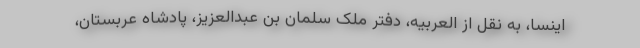
اینسا، به نقل از العربیه، دفتر ملک سلمان بن عبدالعزیز، پادشاه عربستان،